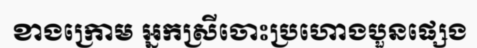
ខាងក្រោម អ្នកស្រីចោះប្រហោងបួនផ្សេង